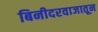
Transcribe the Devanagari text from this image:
बिनीदरवाजातून